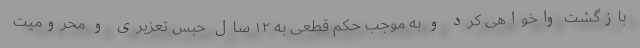
بازگشت واخواهی کرد و به موجب حکم قطعی به ۱۲ سال حبس تعزیری و محرومیت